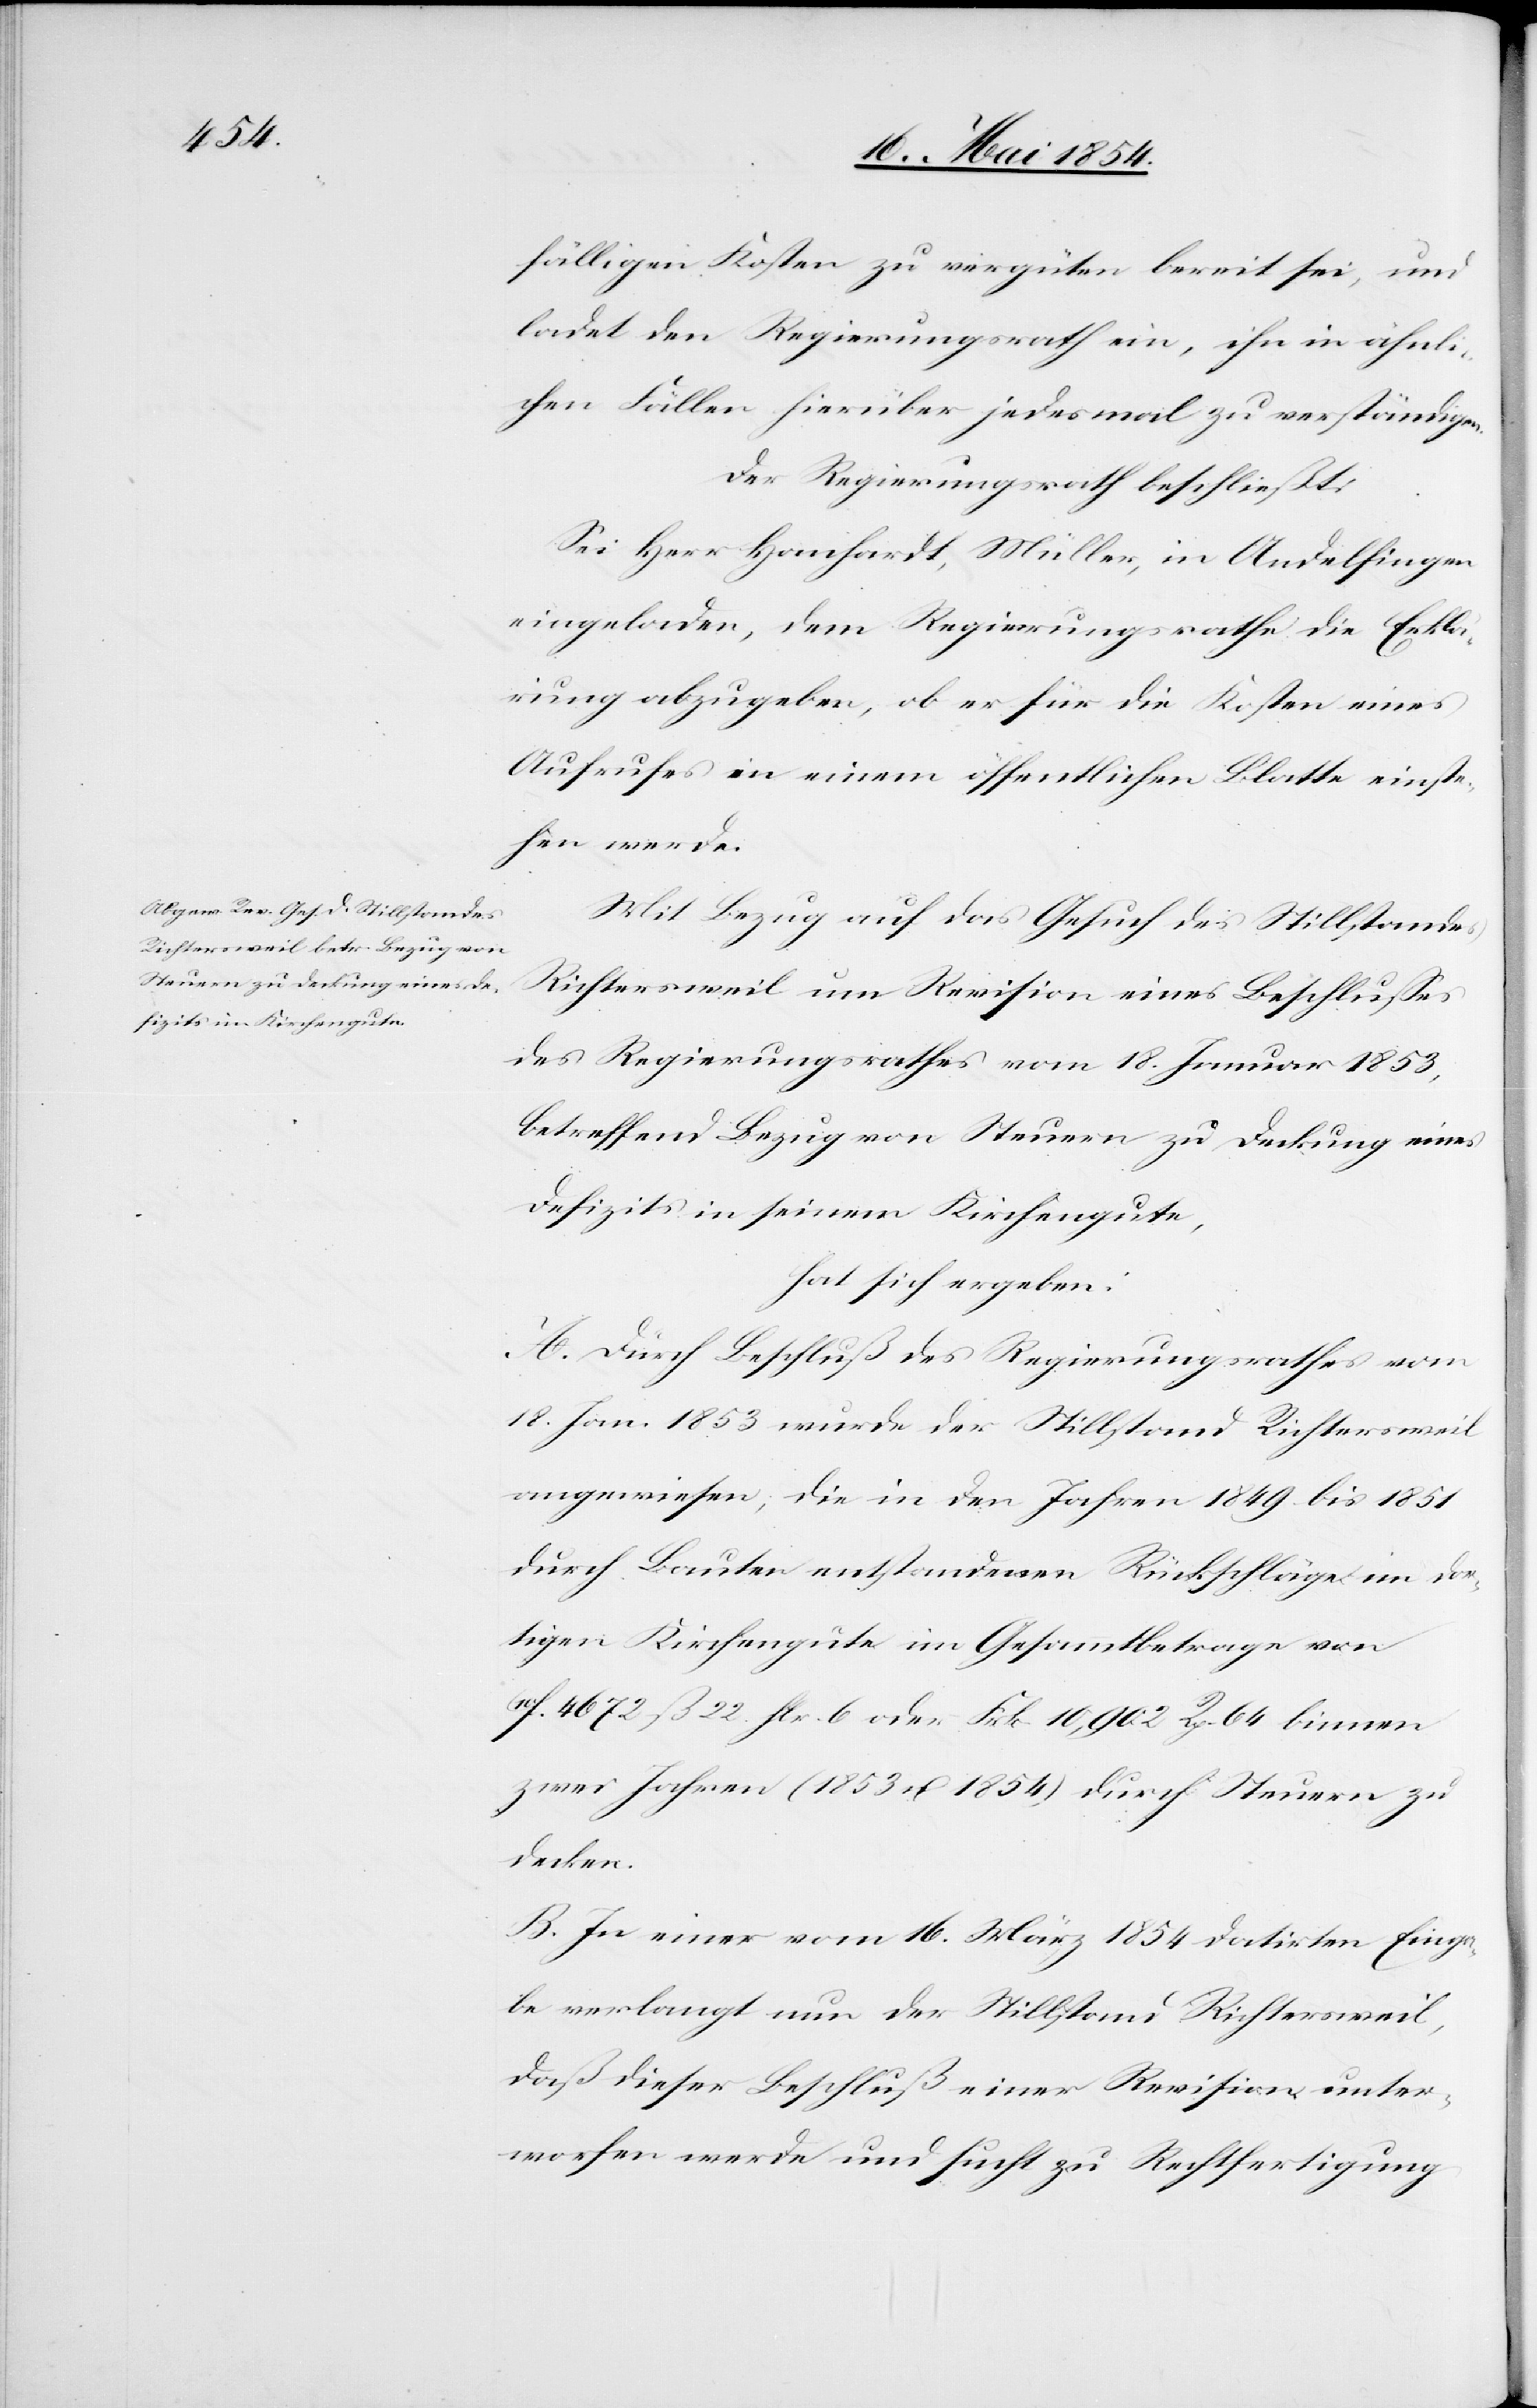
fälligen Kosten zu vergüten bereit sei, und
ladet den Regierungsrath ein, ihn in ähnli¬
chen Fällen hierüber jedesmal zu verständigen.
Der Regierungsrath beschließt:
Sei Herr Hanhardt, Müller, in Andelfingen
eingeladen, dem Regierungsrathe die Erklä¬
rung abzugeben, ob er für die Kosten eines
Aufrufes in einem öffentlichen Blatte einste¬
hen werde.
Mit Bezug auf das Gesuch des Stillstandes
Richtersweil um Revision eines Beschlußes
des Regierungsrathes vom 18. Januar 1853,
betreffend Bezug von Steuern zu Deckung eines
Defizits in seinem Kirchengute,
hat sich ergeben:
A. Durch Beschluß des Regierungsrathes vom
18. Jan. 1853 wurde der Stillstand Richtersweil
angewiesen, die in den Jahren 1849 bis 1851
durch Bauten entstandenen Rückschläge im dor¬
tigen Kirchengute im Gesammtbetrage von
10F. 4672 ß 22 flr. 6 oder Frk. 10,902 Rp. 64 binnen
zwei Jahren (1853 u. 1854) durch Steuern zu
decken.
B. In einer vom 16. März 1854 datirten Einga¬
be verlangt nun der Stillstand Richtersweil,
daß dieser Beschluß einer Revision unter¬
worfen werde und sucht zu Rechtfertigung